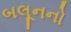
બલૂનનો